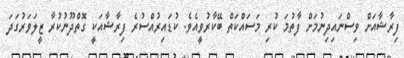
ފިރާޝާއަށް ވިސްނައިދިނުމަށް ފާތުމަ ކުރި މަސައްކަތް ބޭކާރުވީއެވެ. ކުޑައިރުއްސުރެ ފިރާޝާއަކީ ގޮތްދޫނުކުރާ ޒީލަވަރުގަދަ